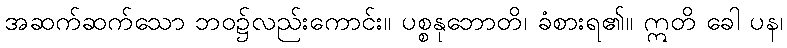
အဆက်ဆက်သော ဘဝ၌လည်းကောင်း။ ပစ္စနုဘောတိ၊ ခံစားရ၏။ ဣတိ ခေါ ပန၊